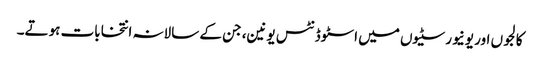
کالجوں اور یونیورسٹیوں میں اسٹوڈنٹس یونین، جن کے سالانہ انتخابات ہوتے۔